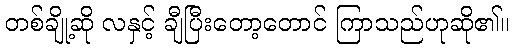
တစ်ချို့ဆို လနှင့် ချီပြီးတော့တောင် ကြာသည်ဟုဆို၏။